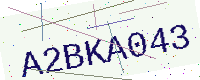
Text: A2BKA043